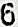
6